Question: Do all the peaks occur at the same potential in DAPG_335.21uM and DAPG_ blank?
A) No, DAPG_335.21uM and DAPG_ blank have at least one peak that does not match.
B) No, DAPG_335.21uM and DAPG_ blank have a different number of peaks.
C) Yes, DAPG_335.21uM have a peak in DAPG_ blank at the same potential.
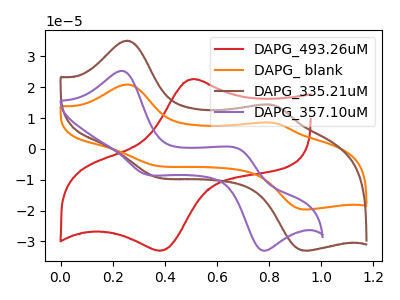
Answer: <think>The red curve "DAPG_493.26uM" has an anodic peak at (0.50V, 22.60uA) and a cathodic peak at (0.40V, -33.05uA). The orange curve "DAPG_ blank" has anodic peaks at (0.25V, 20.90uA) (0.80V, 8.55uA) and cathodic peaks at (0.35V, -5.25uA) (0.95V, -19.60uA). The brown curve "DAPG_335.21uM" has anodic peaks at (0.25V, 35.10uA) (0.80V, 14.40uA) and cathodic peaks at (0.35V, -8.85uA) (0.95V, -32.95uA). The purple curve "DAPG_357.10uM" has anodic peaks at (0.25V, 25.30uA) (0.70V, -0.25uA) and cathodic peaks at (0.30V, -8.15uA) (0.75V, -32.75uA).</think>
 <answer>C) Yes, "DAPG_335.21uM" have a peak in "DAPG_ blank" at the same potential.</answer>
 <eval>C</eval>